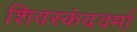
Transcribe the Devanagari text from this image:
शिवस्कंदवर्मा